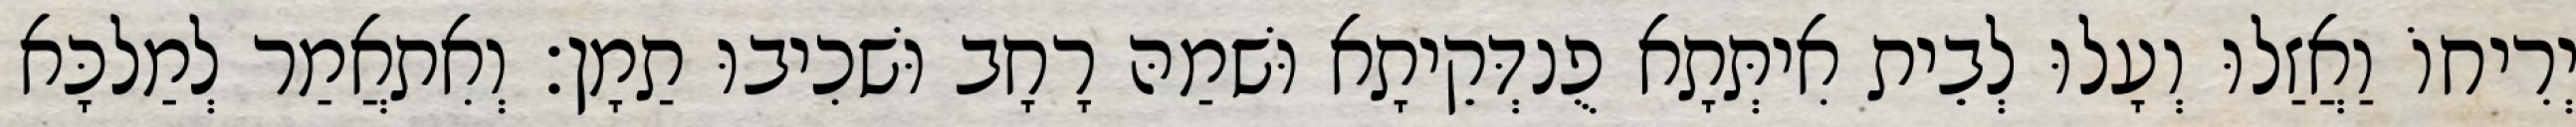
יְרִיחוֹ וַאֲזַלוּ וְעָלוּ לְבֵית אִיתְּתָא פֻנדְּקֵיתָא וּשׁמַהּ רָחָב וּשׁכִיבוּ תַמָן׃ וְאִתאֲמַר לְמַלכָּא